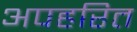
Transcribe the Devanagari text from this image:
अपहरित